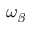
\omega _ { \beta }